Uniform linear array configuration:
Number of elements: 48
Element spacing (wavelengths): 1
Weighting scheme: hamming
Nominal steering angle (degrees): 15
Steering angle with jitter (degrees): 14.646
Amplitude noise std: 0.05
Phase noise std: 0.05

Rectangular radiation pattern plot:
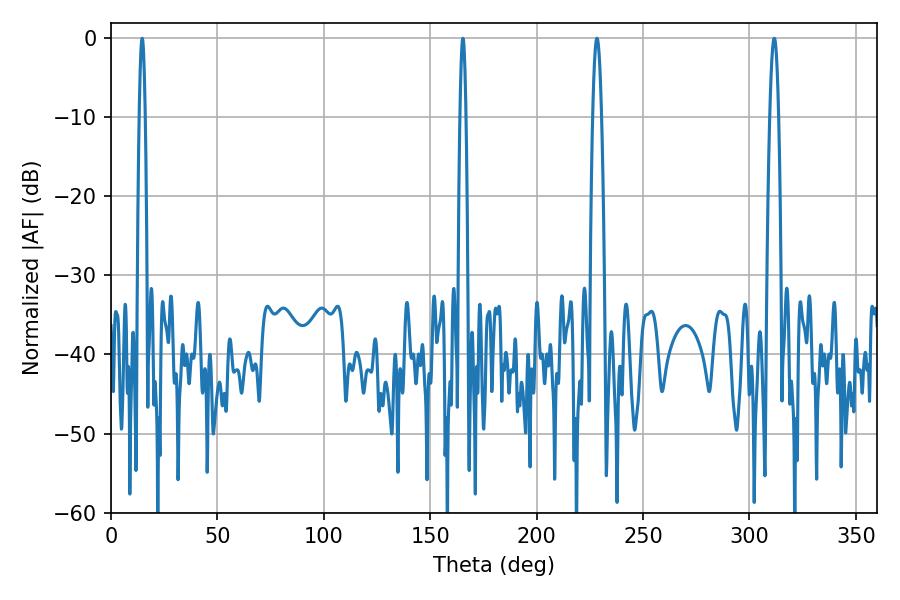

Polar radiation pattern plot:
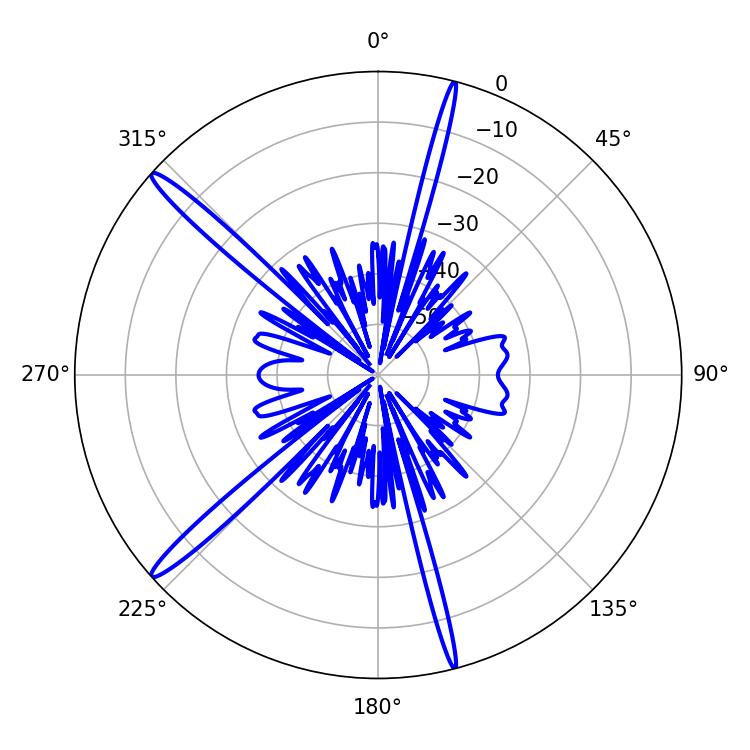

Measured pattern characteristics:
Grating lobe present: TRUE
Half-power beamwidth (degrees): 2.16
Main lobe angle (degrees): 311.58